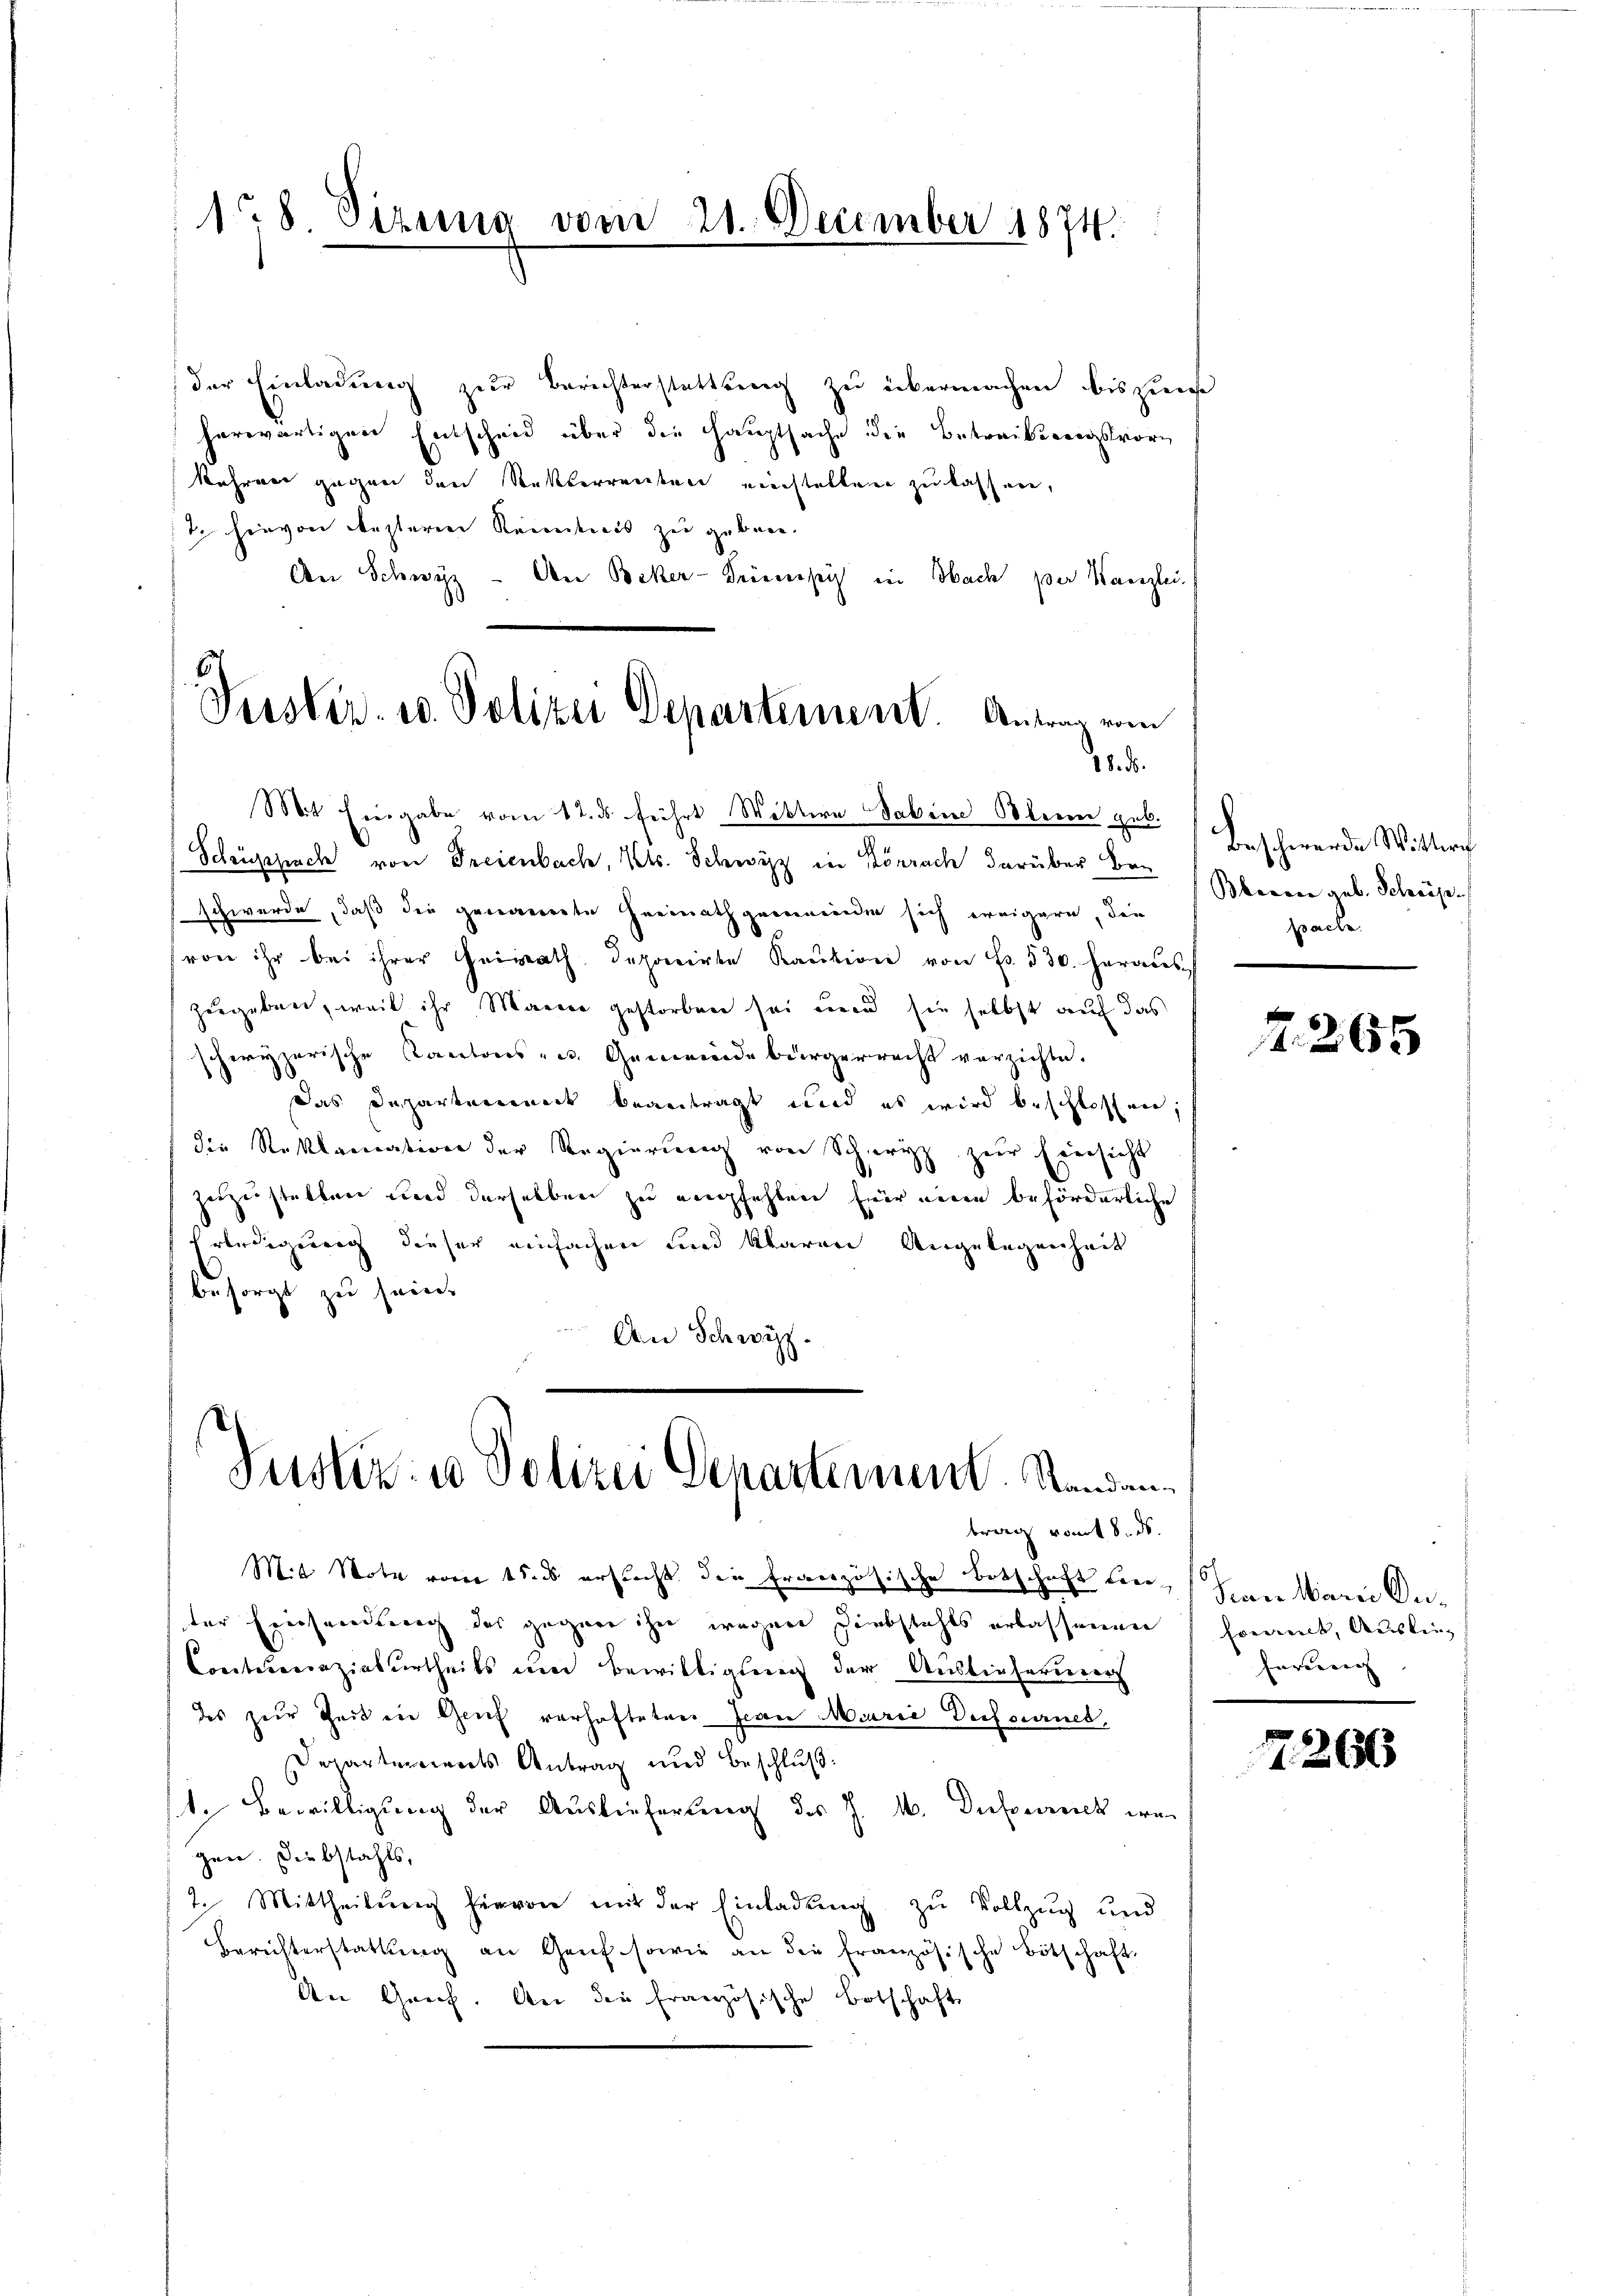
18. Sizung vom 21. December 1874.

der Einladung zur Berichterstattung zu übermachen bis zure
herwärtigen Entscheid über die Hauptsache die Betrackengsvorkehren gegen den Rekterrenten nichtelten zu kassern,
7. hievon desteren Kenntnis zu geben.
An Schwyz - An Beker-Trienisch in Nach per Kanzlei.

Verster- u. Polizei Departement. Antrag vom
d

Justiz- u Polizei Departement. Standantrag vom 8. ds.

Mit Eingabe vom 12. ds. führt Wittern Sakein Obern geb.
Schüpppach von Freienbach, Kts. Schwyz in Körrach darüber Ban
schwerde, daß die genauerte Heimathgemeinden sich weigern, die
von ihr bei ihrer Heirath deponirte Kaŭtion von Fr. 530. heraus
zugeben, weil ihr Marier gestorben sei und sie selbst auf das
schwyzerische Kantons- u. Gemeindebürgerrecht verzichte.
Das Departement beantragt und es wird beschlossen,
die Reklamation der Regierung von Schwyz zur Eiersicht
heizustellen und derselben zu empfehlen für einen beförderliche
Erledigung dieser einfachen und klaren Angelegenheit
besorgt zu sein.
An Schwyz

Mit Note vom 15. ersucht die Französische Botschaft kon-Seen Manni Deiter Frechandlung des gegene ihn wegen Diebstahls erlassenen
Contuierenziaturtheils um Bewilligung der Auslieferners
des zur Zeit in Genf verhafteten Jean Marie Decfournes,
Departerrents Antrag und Beschluß:
ste Bewilligung der Auslieferung des J. M. Dufouruck war
gen. Diebstahls,
2. Mittheilung hievon mit der Einladung zu Vollzug und
Berichterstattŭng an Genf sowie an die französische Botschaft
An Geich. An die französische Botschaft

Beschwerde Wittern
Bberner geb. Scheres
pache.

2265

o
Evranck, Auslie¬
Enverren |

7266